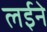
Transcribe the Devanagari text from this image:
लईने